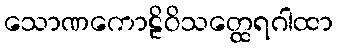
သောဏကောဠိဝိသတ္ထေရဂါထာ